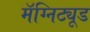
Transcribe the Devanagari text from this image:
मॅग्निट्यूड